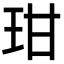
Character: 玵